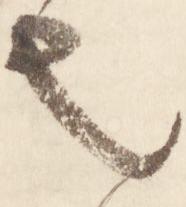
也